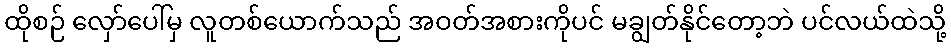
ထိုစဉ် လှော်ပေါ်မှ လူတစ်ယောက်သည် အဝတ်အစားကိုပင် မချွတ်နိုင်တော့ဘဲ ပင်လယ်ထဲသို့